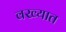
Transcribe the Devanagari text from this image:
वख्यात